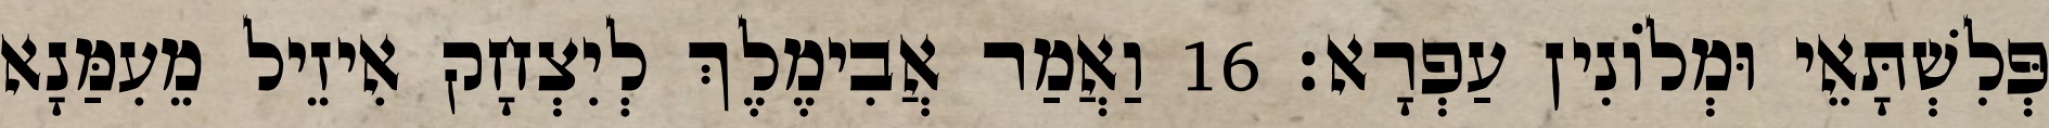
פְּלִשְׁתָּאֵי וּמְלוֹנִין עַפְרָא׃ 16 וַאֲמַר אֲבִימֶלֶךְ לְיִצְחָק אִיזֵיל מֵעִמַּנָא